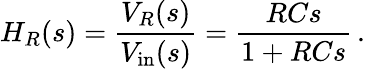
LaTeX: H_{R}(s)={\frac{V_{R}(s)}{V_{\mathrm{{in}}}(s)}}={\frac{RCs}{1+RCs}}\, .